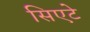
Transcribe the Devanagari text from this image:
सिएटे